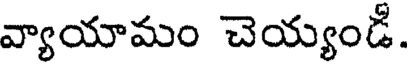
వ్యాయామం చెయ్యండీ.